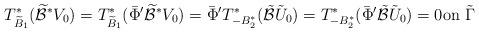
LaTeX: \begin{align*} T^*_{\widetilde B_1}(\widetilde{\mathcal B}^*V_0)= T^*_{\widetilde B_1}(\bar\Phi'\widetilde{\mathcal B}^*V_0)=\bar\Phi' T_{-B_2^*}^*(\tilde{\mathcal B}\tilde U_{0})= T_{-B_2^*}^*(\bar\Phi'\tilde{\mathcal B}\tilde U_{0})=0\mbox{on}\,\,\tilde \Gamma\end{align*}